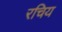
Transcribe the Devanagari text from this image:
रचिय